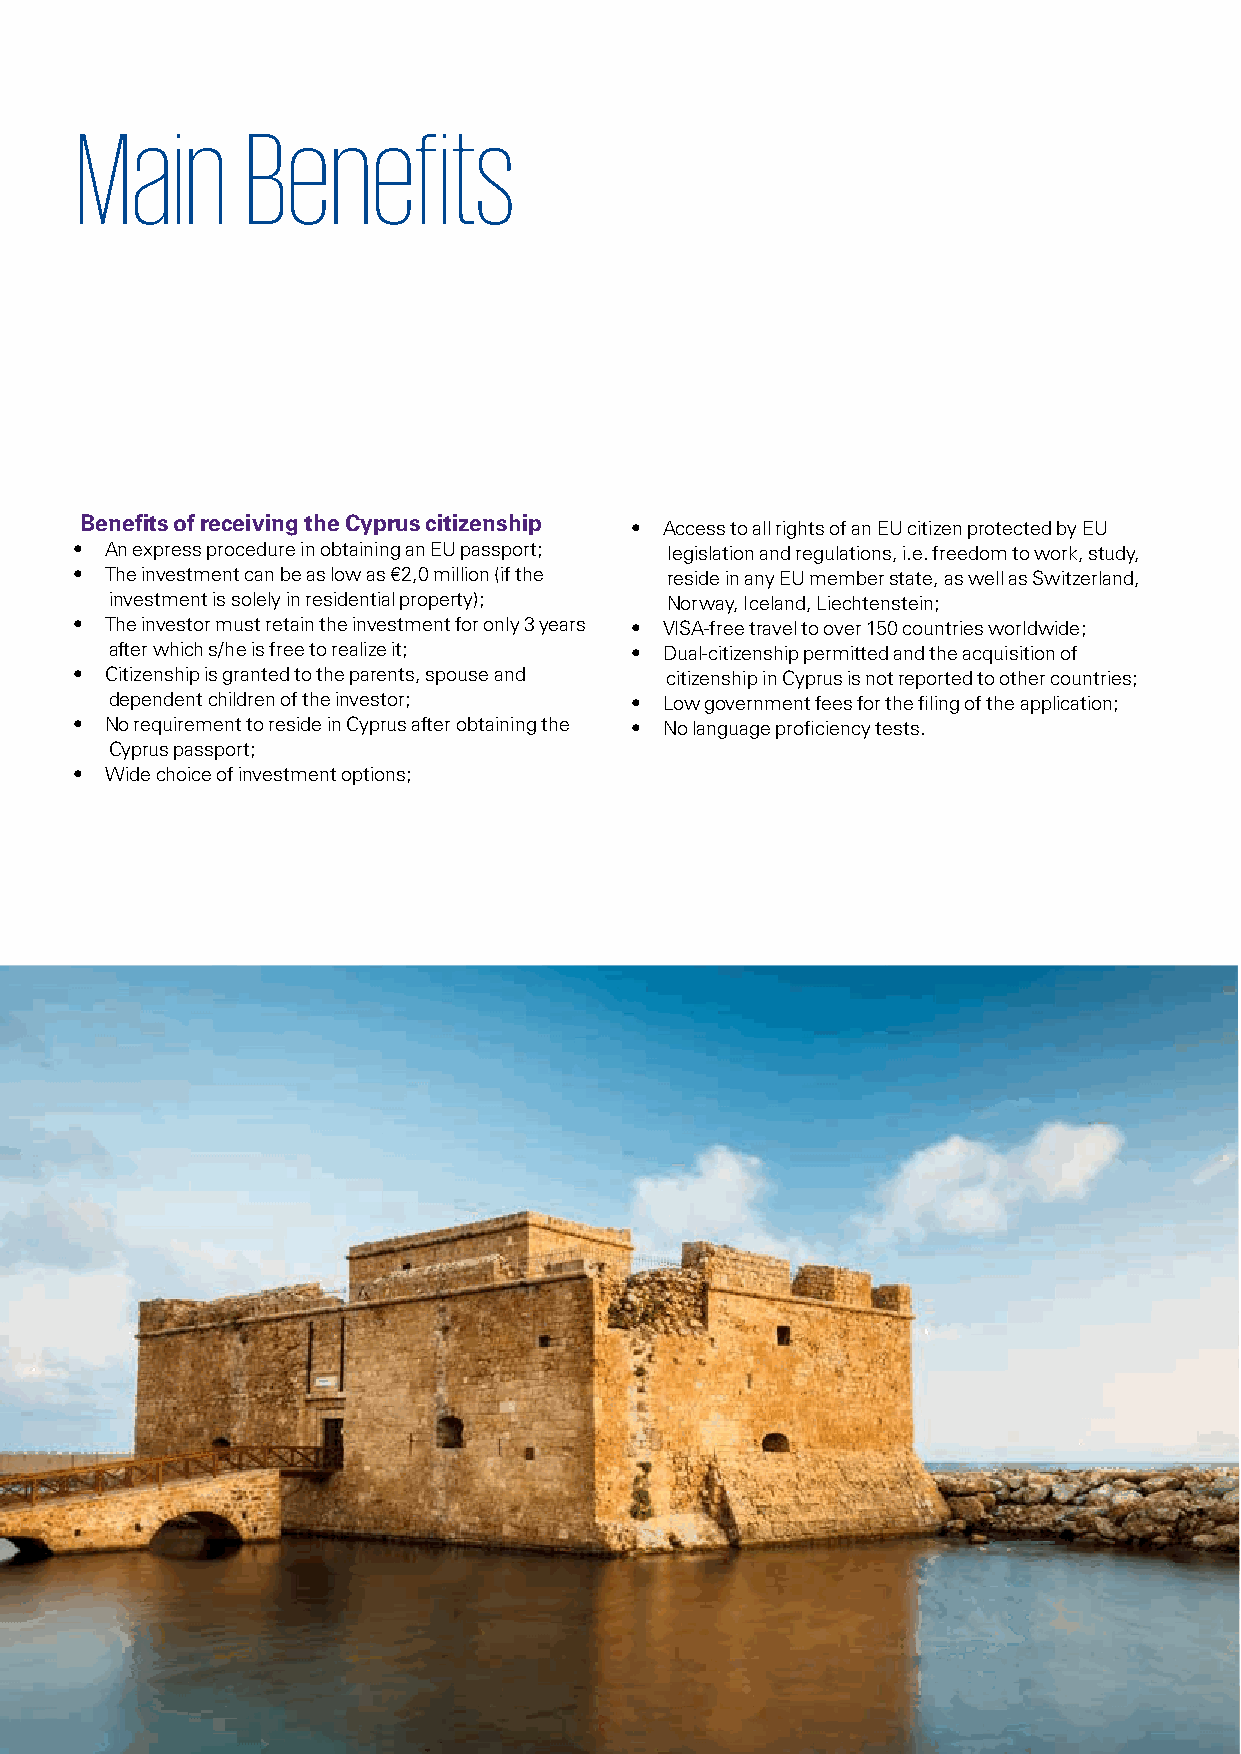
Main       Benefits
 Benefits of receiving the Cyprus citizenship
 • Access to all rights of an EU citizen protected by EU
 • An express procedure in obtaining an EU passport; legislation and regulations, i.e. freedom to work, study,
 • The investment can be as low as €2,0 million (if the reside in any EU member state, as well as Switzerland,
 investment is solely in residential property); Norway, Iceland, Liechtenstein;
 • The investor must retain the investment for only 3 years • VISA-free travel to over 150 countries worldwide;
 after which s/he is free to realize it; • Dual-citizenship permitted and the acquisition of
 • Citizenship is granted to the parents, spouse and citizenship in Cyprus is not reported to other countries;
 dependent children of the investor; • Low government fees for the filing of the application;
 • No requirement to reside in Cyprus after obtaining the • No language proficiency tests.
 Cyprus passport;
 • Wide choice of investment options;